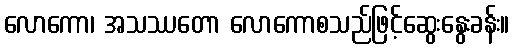
လောကော၊ အသဿတော လောကောစသည်ဖြင့်ဆွေးနွေးခန်း။